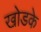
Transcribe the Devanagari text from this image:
खोडके